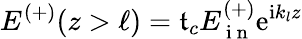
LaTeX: E^{(+)}(z>\ell)=\mathfrak{t}_{c}E_{\mathrm{{~i~n~}}}^{(+)}\mathrm{{e}}^{\mathrm{{i}}k_{l}z}